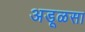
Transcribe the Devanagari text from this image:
अडूळसा